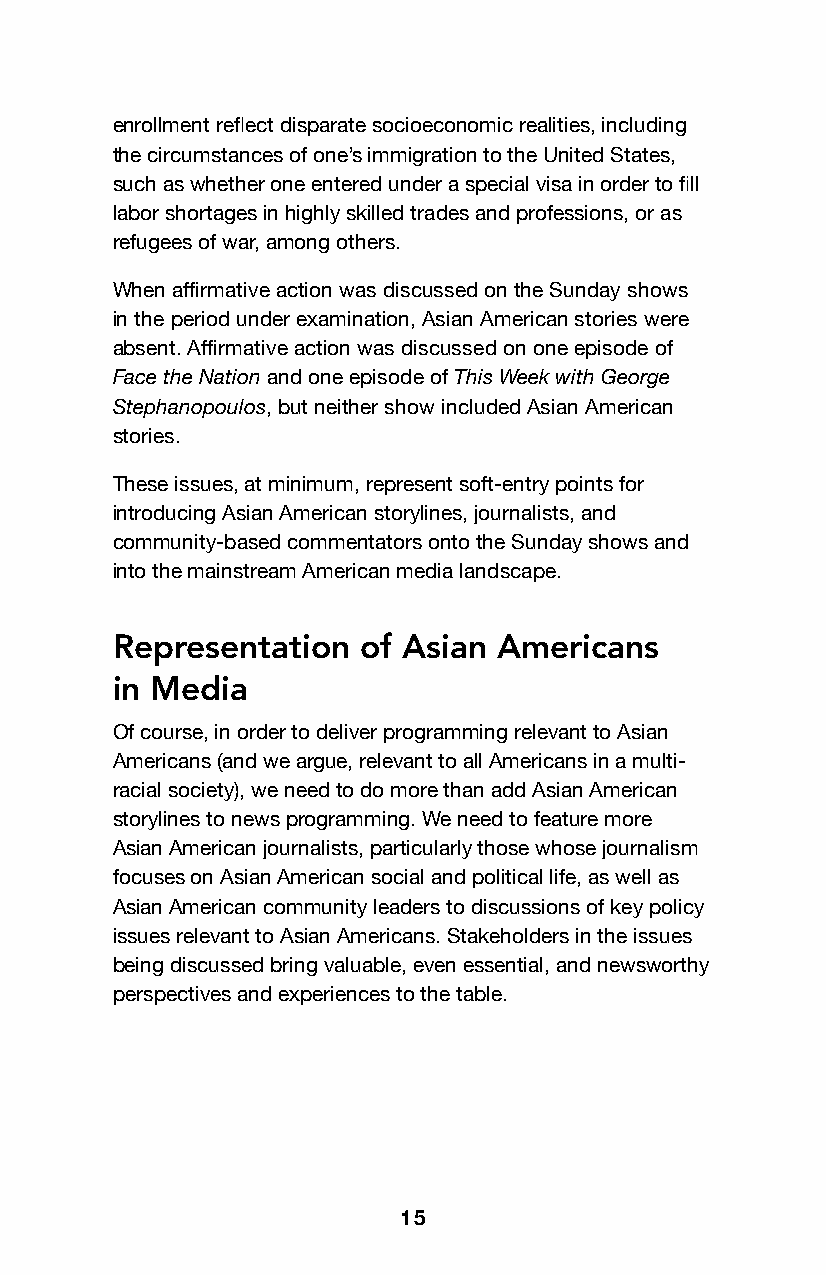
enrollment reflect disparate socioeconomic realities, including
 the circumstances of one’s immigration to the United States,
 such as whether one entered under a special visa in order to fill
 labor shortages in highly skilled trades and professions, or as
 refugees of war, among others.
 When affirmative action was discussed on the Sunday shows
 in the period under examination, Asian American stories were
 absent. Affirmative action was discussed on one episode of
 Face the Nation and one episode of This Week with George
 Stephanopoulos, but neither show included Asian American
 stories.
 These issues, at minimum, represent soft-entry points for
 introducing Asian American storylines, journalists, and
 community-based commentators onto the Sunday shows and
 into the mainstream American media landscape.
 Representation   of Asian Americans
 in Media
 Of course, in order to deliver programming relevant to Asian
 Americans (and we argue, relevant to all Americans in a multi-
 racial society), we need to do more than add Asian American
 storylines to news programming. We need to feature more
 Asian American journalists, particularly those whose journalism
 focuses on Asian American social and political life, as well as
 Asian American community leaders to discussions of key policy
 issues relevant to Asian Americans. Stakeholders in the issues
 being discussed bring valuable, even essential, and newsworthy
 perspectives and experiences to the table.
 15